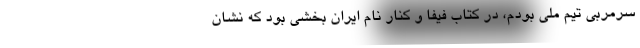
سرمربی تیم ملی بودم، در کتاب فیفا و کنار نام ایران بخشی بود که نشان